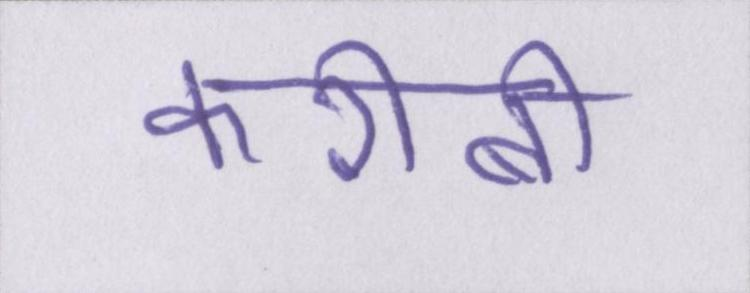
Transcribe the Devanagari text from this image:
करीबी